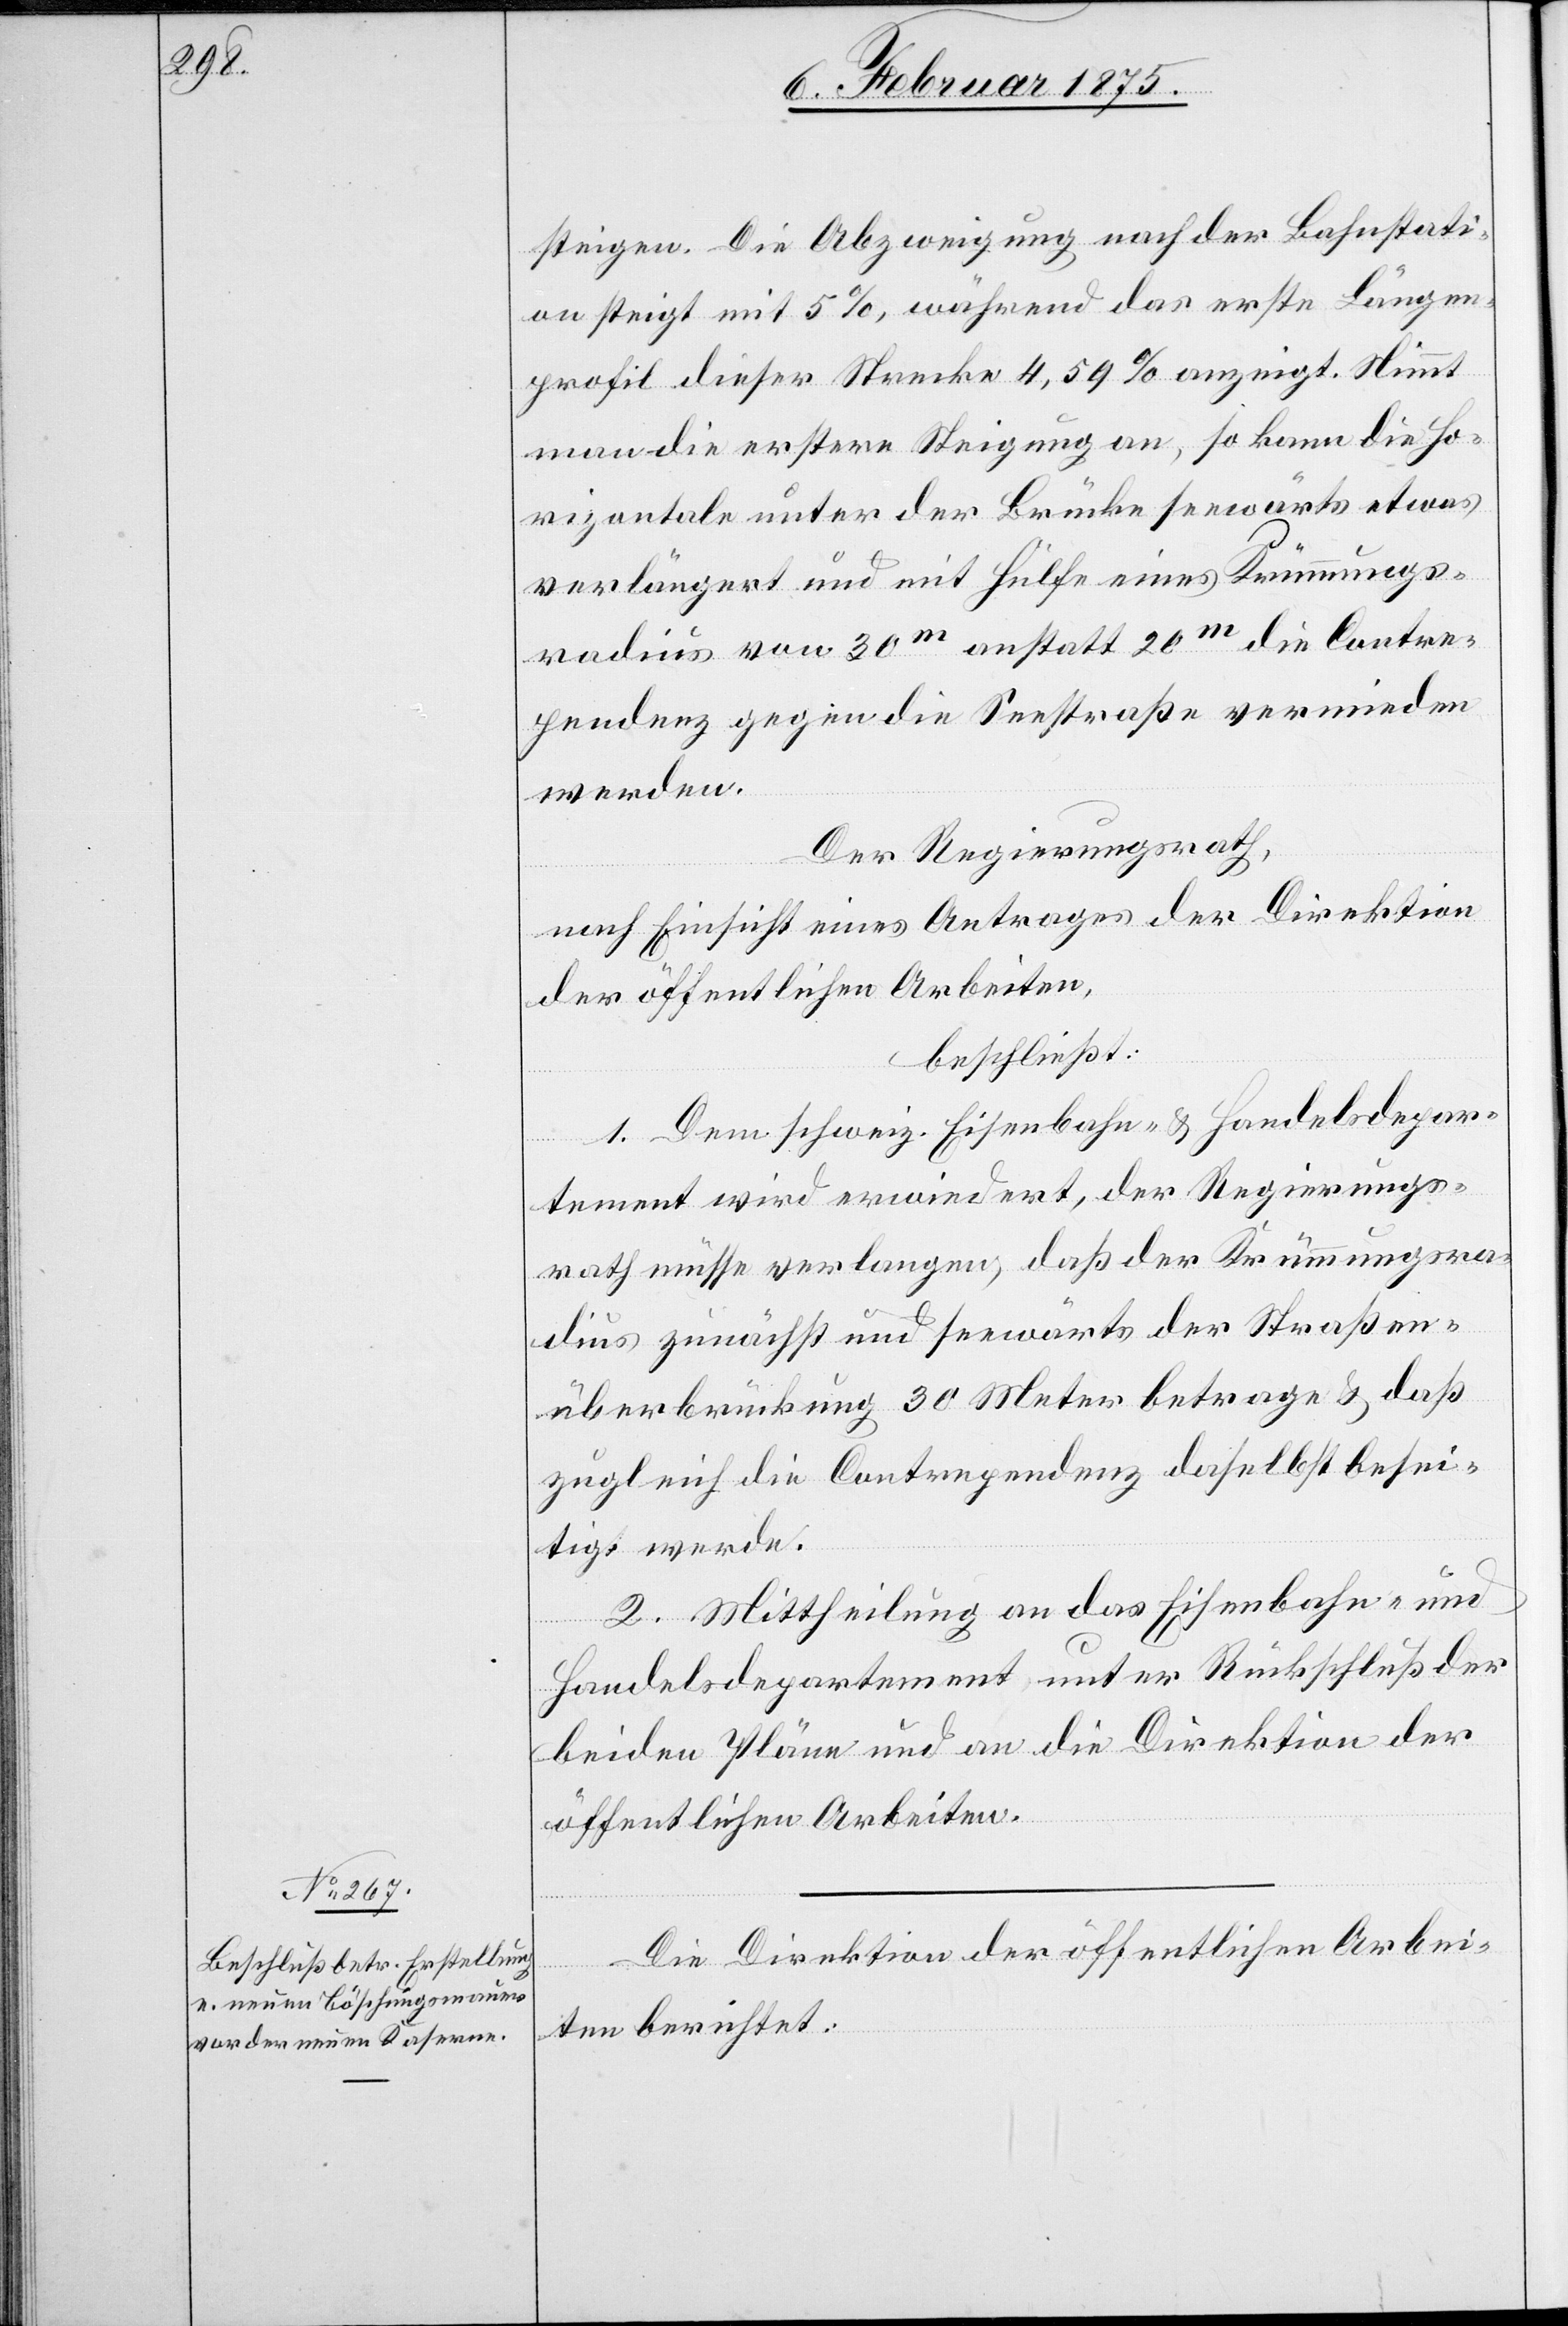
steigen. Die Abzweigung nach der Bahnstati¬
on steigt mit 5%, während das erste Längen¬
profil dieser Strecke 4,59% anzeigt. Nimmt
man die erstere Steigung an, so kann die Ho¬
rizontale unter der Brücke seewärts etwas
verlängert und mit Hülfe eines Krümmungs¬
radius von 30m anstatt 20m die Contre¬
pendenz gegen die Seestraße vermieden
werden.
Der Regierungsrath,
nach Einsicht eines Antrages der Direktion
der öffentlichen Arbeiten,
beschließt:
1. Dem schweiz. Eisenbahn- & Handelsdepar¬
tement wird erwiedert, der Regierungs¬
rath müsse verlangen, daß der Krümmungsra¬
dius zunächst und seewärts der Straßen¬
überbrückung 30 Meter betrage & daß
zugleich die Contrependenz daselbst besei¬
tigt werde.
2. Mittheilung an das Eisenbahn- und
Handelsdepartement unter Rückschluß der
beiden Pläne und an die Direktion der
öffentlichen Arbeiten.
Die Direktion der öffentlichen Arbei¬
ten berichtet: